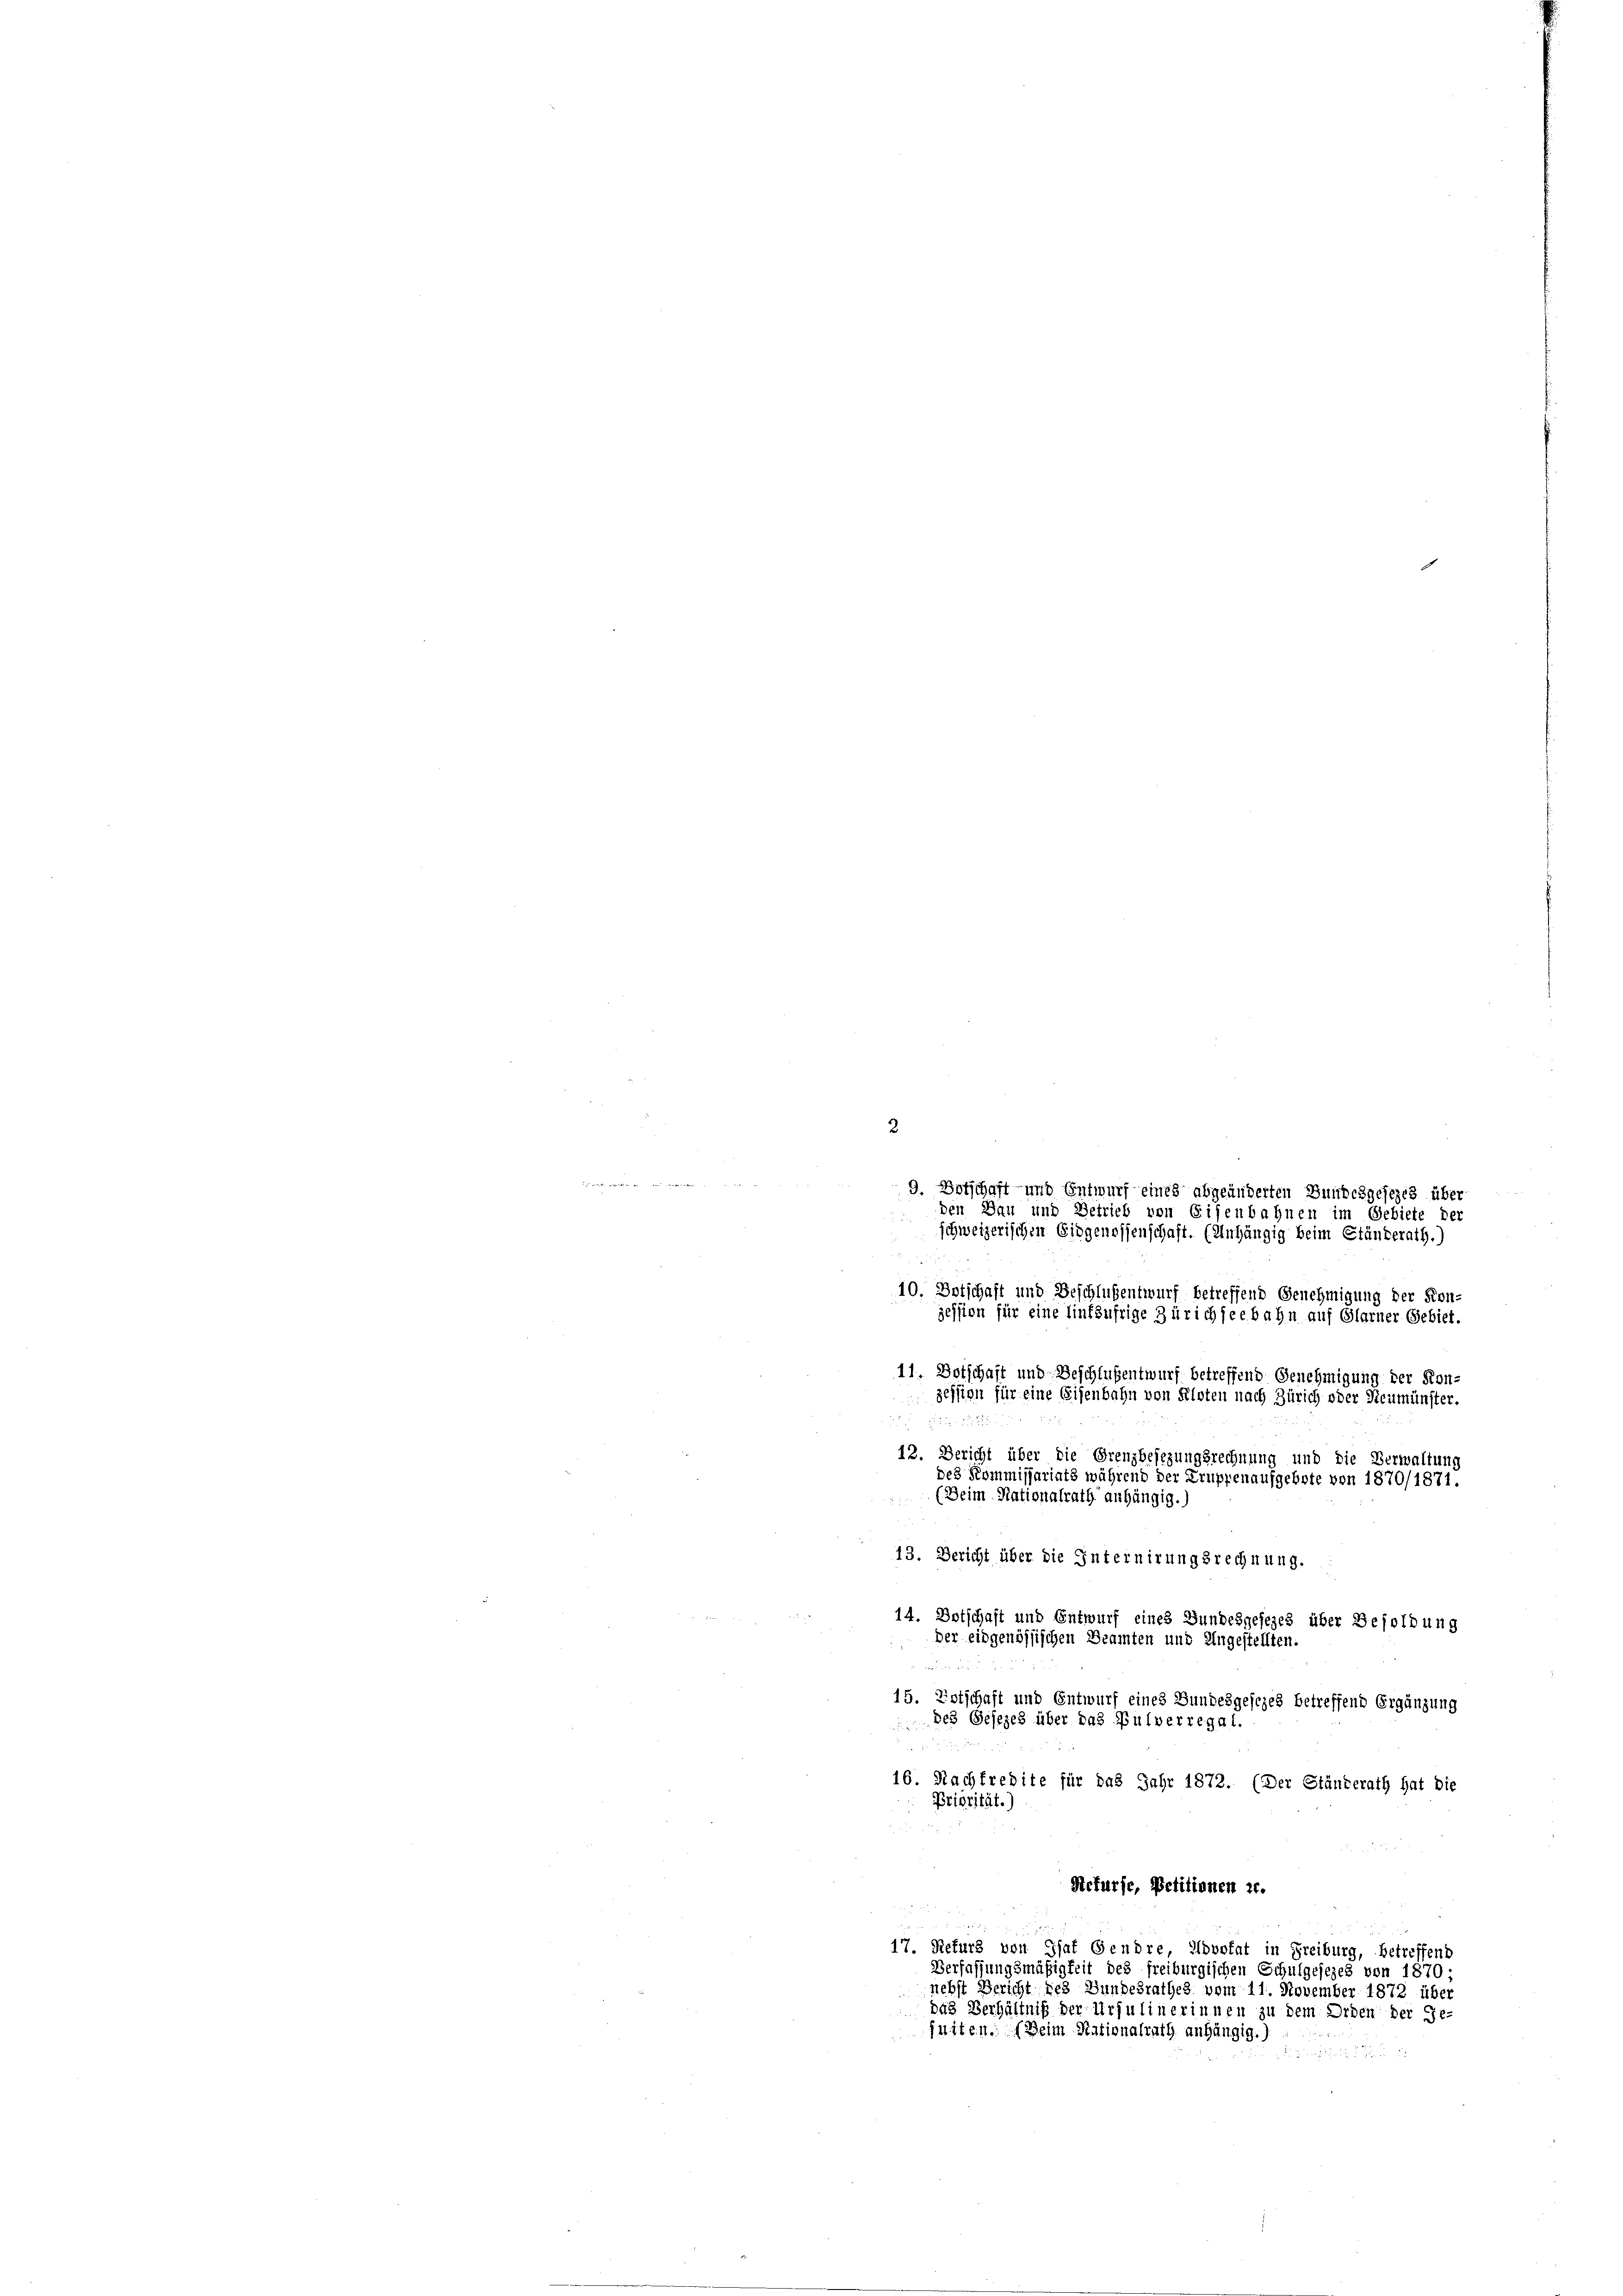
2
eer in
9. Botschaft und Entwurf eines abgeänderten Bundesgesezes über
den Bau und Betrieb von Eisenbahnen im Gebiete der
schweizerischen Eidgenossenschaft. (Anhängig beim Ständerath.)
u
10, Botschaft und Beschlussentwurf betreffend Genehmigung der Kon-
zession für eine Einfäufrige Zürichseebahn auf Glarner Gebiet.
11. Botschaft und Beschlußentwurf betreffend Genehmigung der Kon-
geffige für eine Eisenbahn von Kloten nach Zürich oder Neumünster.

12. Bericht über die Grenzbesezungsrechnung und die Verwaltung
des Kommissariats während der Truppenaufgebote von 1870/1871.
(Beim Nationalrath anhängig.
13. Bericht über die Internirungsrechnung.
14. Botschaft und Entwurf eines Gundesgesezes über Besoldung
der eidgenössischen Beamten und Ungestellten.
d
15. Totschaft und Entwurf eines Bundesgesezes betreffend Ergänzung
des Geseze
über das
ulverregal.
16. Nachfredite für das Jahr 1872. (Der Ständerath hat die
Priorität.)
Refurse, Petitionen z.
17. Refurs von That Gendre, Advokat in Freiburg, betreffend
Verfassungsmäßigkeit des freiburgischen Schulgesezes von 1870-
nehst Bericht des Bundesrathes vom 11. November 1872 über
das Verhältniß der Ursulinerinnen zu dem Orden der Ge-
fuiten. (Beim Nationalrath anhängig.)